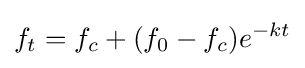
f_{t}=f_{c}+(f_{0}-f_{c})e^{-kt}